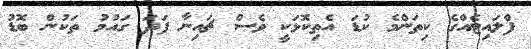
ފްލައިޓެއްގެ ކިތަންމެ ކުޑަ އެތިކޮޅަކީ ވެސް ޗައިނާ ފަދަ ގައުމު ތަކުން ބޮޑު